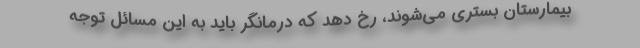
بیمارستان بستری می‌شوند، رخ دهد که درمانگر باید به این مسائل توجه